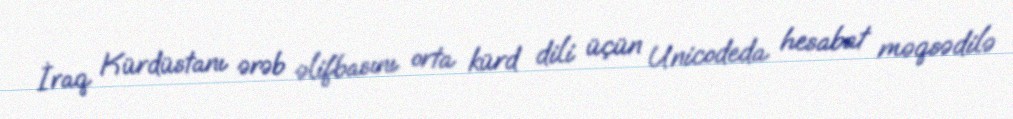
İraq Kürdüstanı ərəb əlifbasını orta kürd dili üçün Unicodeda hesabat məqsədilə